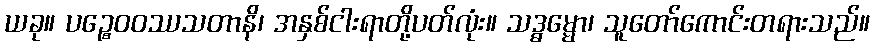
ယခု။ ပဉ္စေဝဝဿသတာနိ၊ အနှစ်ငါးရာတို့ပတ်လုံး။ သဒ္ဓမ္မော၊ သူတော်ကောင်းတရားသည်။